Report on vaccination in Madras 1904-1921 - 1904-1921
Year: 1904
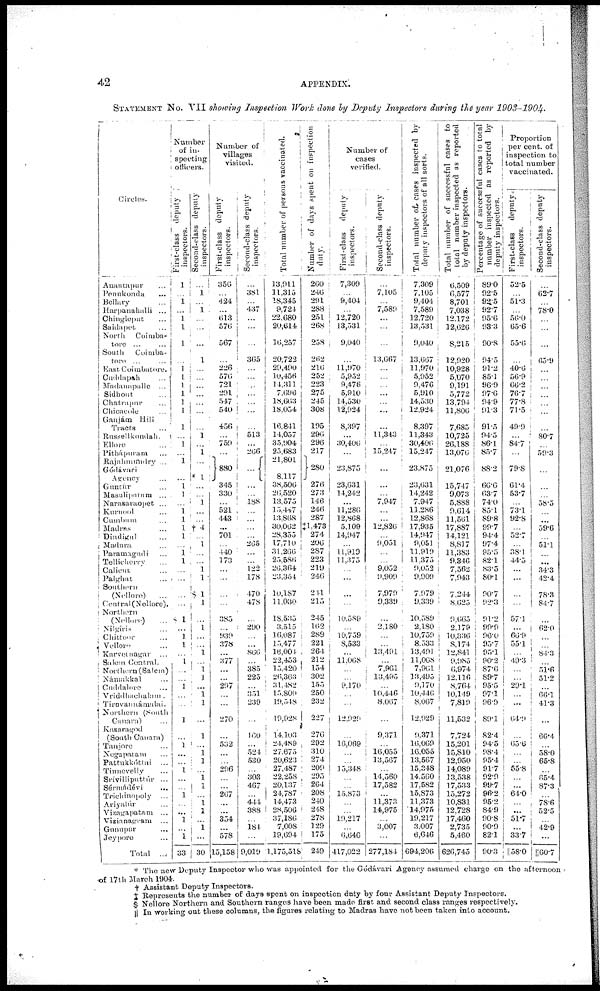
42
APPENDIX.
STATEMENT No. VII showing Inspection
Work done by Deputy Inspectors during the year
1903-1904.
Circles.
Anantapur...
Penukonda...
Bellary...
Harpanahalli ...
Chingleput...
Sailapet...
North
Coimba-
tore ...
South
Coimba-
tore... ...
East Coimbatore.
Cuddapah...
Madanapalle ...
Sidhout...
Chatrapur... ...
Chicacode...
Gaujám Hill
Tracts...
Russellkondah.
Ellore... ...
Pithápuram...
Rajahmumdry ...
Gódávari
Agency...
Guntúr...
Masulipatam...
Narasaraopet ...
Kuruool...
Cumbum
Madras...
Dindigul...
Madura...
Paramagndi...
Tellicherry...
Calicut...
Palghat...
Southern
(Nellore)...
Central (Nellore).
Northern...
(Nellore)...
Nilgiris...
Chittoor...
Vellore...
Karveinagar ...
Salem Central.
Northern (Salem)
Námakkal...
Cuddalore...
Vriddhachalam.
Tiruvanuámalai.
Northern (South
Canara)...
Kasaragod
(South Canara)
Tanjore...
Negapatam...
Pattukkóttai ...
Tinnevelly...
Srívilliputtúr ...
Sérmádévi
...
Trichinnpoly...
Ariyalúr
Vizangapatam ...
Vizianagram...
Gunupur
...
Jeyporo...
Total ...
Number
of in-
specting
officers.
First-class
deputy
inspectors.
1
...
1
...
1
1
1
...
1 1
1
1
l
1
1
...
1
...
1
...
1
1
...
l
l
1
1
...
1 l
...
...
...
...
$ 1
...
1
1
...
1
...
...
1
...
...
1
...
1
...
...
1
...
...
1
...
...
1
...
1
33
Second-class deputy
inspectors.
...
1
...
1
...
...
...
l
...
...
...
...
...
...
...
...
...
...
...
...
...
...
...
...
...
†4
...
...
...
...
...
...
$ 1
...
...
1
...
...
...
...
1
...
...
...
l
...
...
...
...
...
...
...
1
...
...
...
...
1
...
30
Number of
villages
visited.
First-class
deputy
inspectors.
356
...
424
...
613
576
567
...
226
576
721
291
547
540
456
...
759
...
880
345
330
...
521
443
...
701
...
440
173
...
...
...
...
385
...
939
378
...
377
...
...
297
...
...
270
...
532
...
...
296
...
...
267
...
...
354
...
578
15,158
Second-class deputy
inspectors.
...
381
...
437
...
...
...
365
...
...
...
...
...
...
...
513
...
266
...
...
...
188
...
...
...
...
265
...
...
122
178
470
478
...
290
...
...
866
...
385
225
...
351
239
...
160
...
524
530
...
303
467
...
444
388
...
184
...
9,019
Total number of persons vaccinated.
13,911
11,315
18,345
9,724
22,680
20,614
10,257
20,722
29,490
10,456
14,311
7,696
18,663
18,054
16,841
14,057
35,904
25,683
21,801
8,117
38,506
20,520
13,575
15,447
13,868
30,062
28,355
17,710
31,266
25,586
20,364
23,354
10,187
11,030
18,535
3,515
16,087
15,477
16,004
22,453
15,420
20,363
31,482
15,809
19,548
19,928
14,103
24,489
27.675
20,623
27,487
22,258
20,137
24,787
14,473
28,506
37,186
7,008
19,694
1,175,518
Number of days spent on inspection
duty.
260
246
291
288
251
268
258
262
216
252
223
275
245
308
195
296
296
217
280
276
273
146
246
287
‡1,478
274
206 287
223
219
246
241
215
245
162
289
221
264
212
154
302
155
250
232
227
276
292
310
274
209
295
264
208
240
248
278
129
175
249
Number of
cases
verified.
First-class
deputy
inspectors.
7,309
...
9,404
...
12,720
13,531
9,040
...
11,970
5,952
9,476
5,910
14,530
12,924
8,397
...
30,406
...
23,875
23,631
14,242
...
11,286
12,868
5,109
14,947
...
11,919
11,375
...
...
...
...
10,589
...
10,739
8,533
...
11,068
...
...
9,170
...
...
12,929
...
16,069
...
...
13,348
...
...
15,873
...
...
19,217
...
6,646
417,022
Second-class deputy
inspectors.
...
7,105
...
7,589
...
...
...
13,667
...
...
...
...
...
...
...
11,343
...
15,247
...
...
...
7,947
...
...
12,826
...
9,051
...
...
9,052
9,909
7,979
9,339
... 2,180
...
...
13,491
...
7,961
13,495
...
10,446
8,067
...
9,371
...
16,055
13,567
...
14,560
17,582
...
11,373
14,975
...
3,007
...
277,184
Total number of cases inspected by
deputy inspectors of all sorts.
7,309
7,105
9,404
7,589
12,720
13,531
9,040
13,667
11,970
5,952
9,476
5,910
14,530
12,924
8,397
11,343
30,406
15,247
23,875
23,631
14,242
7,947
11,286
12,868
17,935
14,947
9,051
11,910
11,375
9,052
9,909
7,979
9,339
10,589
2,180
10,759
8,533
13,491
11,068
7,961
13,495
9,170
10,446
8,067
12,929
9,371
10,069
16,055
13,567
15,348
14,560
17,582
15,873
11,373
14,975
19,217
3,007
6,646
694,206
Total number of successful cases to
total number inspected as reported
by
deputy
inspectors.
6,509
6,577
8,701
7,038
12,172
12,626
8,215
12,920
10,928
5,070
9,191
5,772
13,794
11,806
7,685
10,725
26,188
13,076
21,076
15,747
9,073
5,888
9,614
11,561
17,887
14,121
8,817
11,383
9,346
7,562
7,943
7,244
8,623
9,665
2,179
10,336
8,174
12,841
9,085
6,974
12,116
8,764
10,149
7,819
11,532
7,724
15,201
15,810
12,950
14,089
13,538
17,533
15,272
10,831
12,728
17,460
2,735
5,460
626,745
Percentage of successful cases to total
number inspected as reported by
deputy inspectors.
89.0
92.5
92.5
92.7
95.6
93.3
90.8
94.5
91.2
85.1
96.9
97.6
94.9
91.3
91.5
94.5
86.1
85.7
88.2
60.6
63.7
74.0
85.1
89.8
99.7
94.4
97.4
95.5
82.1
83.5
80.1
90.7
92.3
91.2
99.0
96.0
95.7
95.1
90.2
87.6
89,7
95.5
97.1
96.9
89.1
82.4
94.5
98.4
95.4
91.7
92.9
99.7
96.2
95.2
84.9
90.8
90.9
82.1
90.3
Proportion
per cent. of
inspection to
total number
vaccinated.
First-class deputy
inspectors.
52.5
...
51.3
...
56.0
65.6
55.6
...
40.0
50.9
66.2
76.7
77.8
71.5
49.9
...
84.7
...
79.8
61.4
53.7
...
73.1
92.8
...
52.7
...
38.1
44.5
...
...
...
...
57.1
...
66.9
55.1
...
49.3
...
...
29.1
...
...
64.9
...
65.0
...
...
55.8
...
...
64.0
...
...
51.7
...
33.7
||58.0
Second-class deputy
inspectors.
...
62.7
...
78.0
...
...
...
65.9
...
...
...
...
...
...
...
80.7
...
59.3
...
...
...
58.5
...
...
59.6
...
51.1
...
...
34.3
42.4
78.3
84.7
...
62.0
...
...
84.3
...
51.6
51,2
...
66.1
41.3
...
66.4
...
58.0
65.8
...
65.4
87.3
...
78.6
52.5
...
42.9
...
||60.7
* The new Deputy Inspector who was appointed for the Gódávari Agency assumed charge on the afternoon
of 17 th March 1904.
† Assistant Deputy Inspectors.
‡ Represents the number of days spent on inspection duty by four Assistant Deputy Inspectors.
$ Nellore Northern and Southern ranges have been made first and second class ranges respectively.
|| In working out these columns, the figures relating to Madras have not been taken into account.